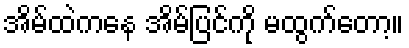
အိမ်ထဲကနေ အိမ်ပြင်ကို မထွက်တော့။